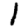
Digit: 1